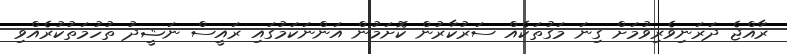
ރާއްޖެ ދަރަނިވެރިވުމަށް ގިނަ މަގުތަކެއް ސަރުކާރުން ކޮށަމުން އަންނަކަމުގައި ރައީސް ނަޝީދު ތުހުމަތުކުރެއްވި